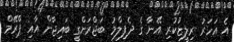
އެ އަހަރު ރިލީޒުކުރި އޭނާ ގެ ދެފިލްމު ބަޖްރަންގީ ބައިޖާން އާއި ޕްރޭމް